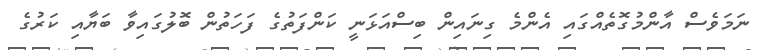
ނަމަވެސް އާންމުގޮތެއްގައި އެންމެ ގިނައިން ބިސްއަޅަނީ ކަންފަތުގެ ފަހަތުން ބޮލުގައިވާ ބަޔާއި ކަރުގެ